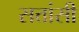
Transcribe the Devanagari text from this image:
सत्तांसी